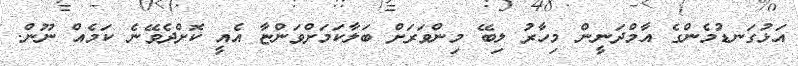
އަޅުގަނޑުމެންގެ އާމްދަނީން މިހާރު ލިބޭ މިންވަރަށް ބަލާކަމަށްވަންޏާ އެއީ ކޮށްދެވޭނެ ކަމެއް ނޫން.